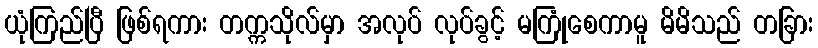
ယုံကြည်ပြီ ဖြစ်ရကား တက္ကသိုလ်မှာ အလုပ် လုပ်ခွင့် မကြုံစေကာမူ မိမိသည် တခြား